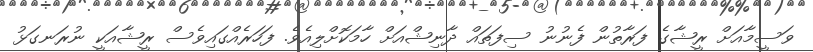
ވަސީމާއަށް ރީޝާގެ ފަރާތުން ފެނުނު ސިފަތައް ދާނިޝްއަށް ހާމަކޮށްލިއެވެ. ފަހަރެއްގައިވެސް ރީޝާއަކީ ނުރަނގަޅު